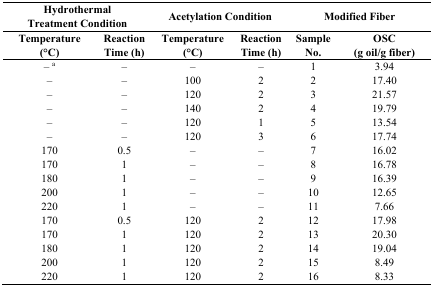
<table><thead><tr><td colspan="2"><b>Hydrothermal Treatment Condition</b></td><td colspan="2"><b>Acetylation Condition</b></td><td colspan="2"><b>Modified Fiber</b></td></tr><tr><td><b>Temperature (°C)</b></td><td><b>Reaction Time (h)</b></td><td><b>Temperature (°C)</b></td><td><b>Reaction Time (h)</b></td><td><b>Sample No.</b></td><td><b>OSC (g oil/g fiber)</b></td></tr></thead><tbody><tr><td>– <sup>a</sup></td><td>–</td><td>–</td><td>–</td><td>1</td><td>3.94</td></tr><tr><td>–</td><td>–</td><td>100</td><td>2</td><td>2</td><td>17.40</td></tr><tr><td>–</td><td>–</td><td>120</td><td>2</td><td>3</td><td>21.57</td></tr><tr><td>–</td><td>–</td><td>140</td><td>2</td><td>4</td><td>19.79</td></tr><tr><td>–</td><td>–</td><td>120</td><td>1</td><td>5</td><td>13.54</td></tr><tr><td>–</td><td>–</td><td>120</td><td>3</td><td>6</td><td>17.74</td></tr><tr><td>170</td><td>0.5</td><td>–</td><td>–</td><td>7</td><td>16.02</td></tr><tr><td>170</td><td>1</td><td>–</td><td>–</td><td>8</td><td>16.78</td></tr><tr><td>180</td><td>1</td><td>–</td><td>–</td><td>9</td><td>16.39</td></tr><tr><td>200</td><td>1</td><td>–</td><td>–</td><td>10</td><td>12.65</td></tr><tr><td>220</td><td>1</td><td>–</td><td>–</td><td>11</td><td>7.66</td></tr><tr><td>170</td><td>0.5</td><td>120</td><td>2</td><td>12</td><td>17.98</td></tr><tr><td>170</td><td>1</td><td>120</td><td>2</td><td>13</td><td>20.30</td></tr><tr><td>180</td><td>1</td><td>120</td><td>2</td><td>14</td><td>19.04</td></tr><tr><td>200</td><td>1</td><td>120</td><td>2</td><td>15</td><td>8.49</td></tr><tr><td>220</td><td>1</td><td>120</td><td>2</td><td>16</td><td>8.33</td></tr></tbody></table>